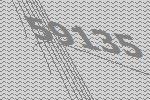
59135